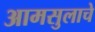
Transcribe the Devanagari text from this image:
आमसुलाचे